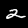
Label: 2